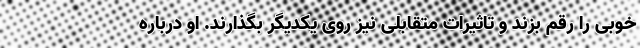
خوبی را رقم بزند و تاثیرات متقابلی نیز روی یکدیگر بگذارند. او درباره